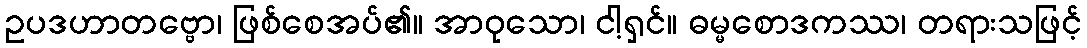
ဥပဒဟာတဗ္ဗော၊ ဖြစ်စေအပ်၏။ အာဝုသော၊ ငါ့ရှင်။ ဓမ္မစောဒကဿ၊ တရားသဖြင့်